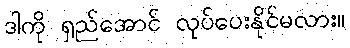
ဒါကို ရှည်အောင် လုပ်ပေးနိုင်မလား။